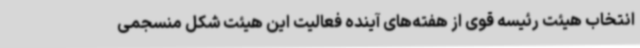
انتخاب هیئت رئیسه قوی از هفته‌های آینده فعالیت این هیئت شکل منسجمی